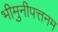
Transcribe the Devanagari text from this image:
भीमुनीपत्तनम